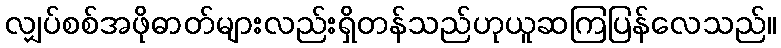
လျှပ်စစ်အဖိုဓာတ်များလည်းရှိတန်သည်ဟုယူဆကြပြန်လေသည်။